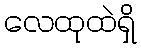
လေထုထဲရှိ